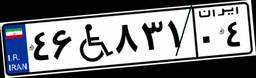
۳۴W۲۷۳۰۸